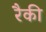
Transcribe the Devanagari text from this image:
रैकी